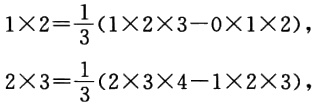
$1\times 2=\frac{1}{3}(1\times 2\times 3 - 0\times 1\times 2),$
$2\times 3=\frac{1}{3}(2\times 3\times 4 - 1\times 2\times 3),$